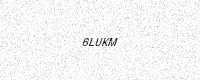
Text: 6LUKM